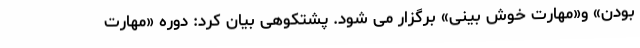
بودن» و«مهارت خوش بینی» برگزار می شود. پشتکوهی بیان کرد: دوره «مهارت